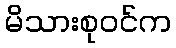
မိသားစုဝင်က